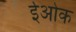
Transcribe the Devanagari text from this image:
ईओक